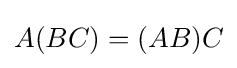
A(BC)=(AB)C